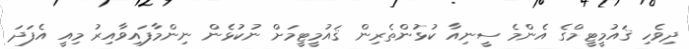
ދިވެހި ޤައުމީޓީމްގެ އެންމެ ސީނިއާ ކުޅުންތެރިން ޤައުމީޓީމަށް ނުކުޅެން ނިންމާފައިވާއިރު މިއީ އެފަދަ